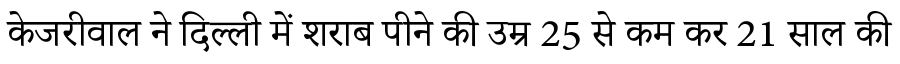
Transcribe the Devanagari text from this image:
केजरीवाल ने दिल्ली में शराब पीने की उम्र 25 से कम कर 21 साल की